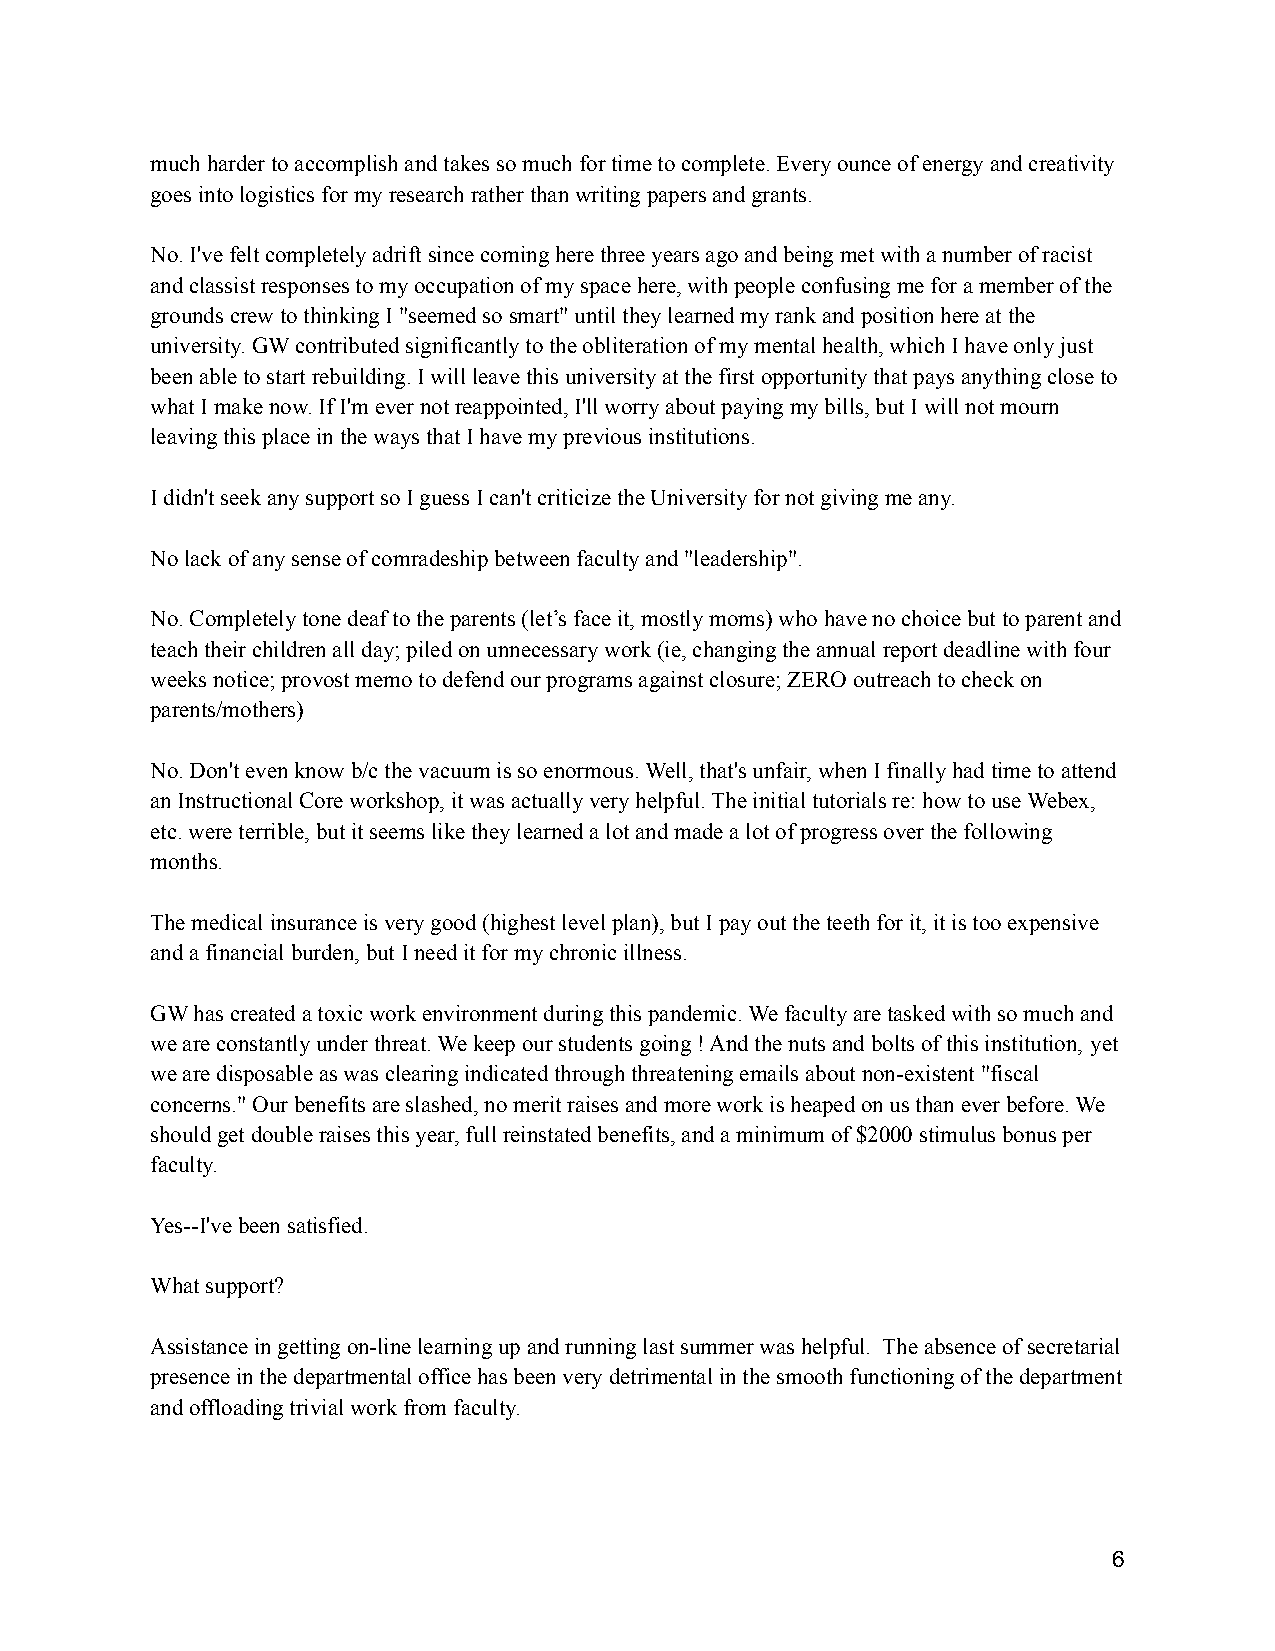
much harder to accomplish and takes so much for time to complete. Every ounce of energy and creativity
 goes into logistics for my research rather than writingpapers and grants.
 No. I've felt completely adrift since coming herethree years ago and being met with a number of racist
 and classist responses to my occupation of my spacehere, with people confusing me for a member of the
 grounds crew to thinking I "seemed so smart" untilthey learned my rank and position here at the
 university. GW contributed significantly to the obliterationof my mental health, which I have only just
 been able to start rebuilding. I will leave this universityat the first opportunity that pays anything closeto
 what I make now. If I'm ever not reappointed, I'llworry about paying my bills, but I will not mourn
 leaving this place in the ways that I have my previousinstitutions.
 I didn't seek any support so I guess I can't criticizethe University for not giving me any.
 No lack of any sense of comradeship between facultyand "leadership".
 No. Completely tone deaf to the parents (let’s faceit, mostly moms) who have no choice but to parentand
 teach their children all day; piled on unnecessarywork (ie, changing the annual report deadline withfour
 weeks notice; provost memo to defend our programsagainst closure; ZERO outreach to check on
 parents/mothers)
 No. Don't even know b/c the vacuum is so enormous.Well, that's unfair, when I finally had time to attend
 an Instructional Core workshop, it was actually veryhelpful. The initial tutorials re: how to use Webex,
 etc. were terrible, but it seems like they learneda lot and made a lot of progress over the following
 months.
 The medical insurance is very good (highest levelplan), but I pay out the teeth for it, it is too expensive
 and a financial burden, but I need it for my chronicillness.
 GW has created a toxic work environment during thispandemic. We faculty are tasked with so much and
 we are constantly under threat. We keep our studentsgoing ! And the nuts and bolts of this institution, yet
 we are disposable as was clearing indicated throughthreatening emails about non-existent "fiscal
 concerns." Our benefits are slashed, no merit raisesand more work is heaped on us than ever before. We
 should get double raises this year, full reinstatedbenefits, and a minimum of $2000 stimulus bonus per
 faculty.
 Yes--I've been satisfied.
 What support?
 Assistance in getting on-line learning up and runninglast summer was helpful. The absence of secretarial
 presence in the departmental office has been verydetrimental in the smooth functioning of the department
 and offloading trivial work from faculty.
 6